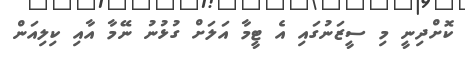
ކޮށްދިނީ މި ސީޒަނުގައި އެ ޓީމާ އަލަށް ގުޅުނު ނޭމާ އާއި ކިލިއަން